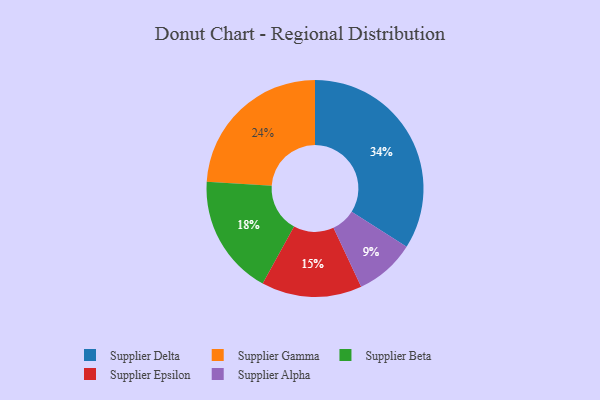
{"axis": {"x": "Category", "y": "Percentage"}, "legend": ["Supplier Alpha", "Supplier Beta", "Supplier Delta", "Supplier Epsilon", "Supplier Gamma"], "data": [{"x": "Supplier Beta", "y": 18, "type": "Supplier Beta"}, {"x": "Supplier Alpha", "y": 9, "type": "Supplier Alpha"}, {"x": "Supplier Gamma", "y": 24, "type": "Supplier Gamma"}, {"x": "Supplier Delta", "y": 34, "type": "Supplier Delta"}, {"x": "Supplier Epsilon", "y": 15, "type": "Supplier Epsilon"}]}